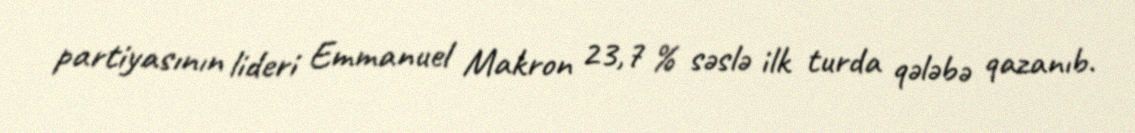
partiyasının lideri Emmanuel Makron 23,7 % səslə ilk turda qələbə qazanıb.